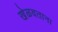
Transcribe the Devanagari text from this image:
खेळवताना